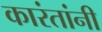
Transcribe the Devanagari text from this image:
कारंतांनी